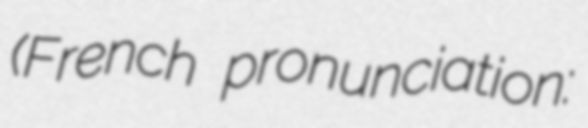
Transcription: (French pronunciation: